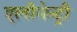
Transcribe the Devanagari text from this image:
एलीमेन्ट्री